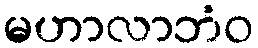
မဟာလာဘံဝ